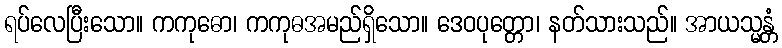
ရပ်လေပြီးသော။ ကကုဓော၊ ကကုဓအမည်ရှိသော။ ဒေဝပုတ္တော၊ နတ်သားသည်။ အာယသ္မန္တံ